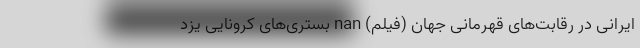
ایرانی در رقابت‌های قهرمانی جهان (فیلم) nan بستری‌های کرونایی یزد